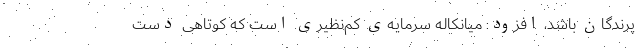
پرندگان باشد، افزود: میانکاله سرمایه‌ی کم‌نظیری است که کوتاهی دست